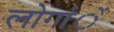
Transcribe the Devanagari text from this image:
लोगांें